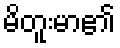
မိတူးမာ၏